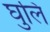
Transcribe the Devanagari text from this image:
घुलि